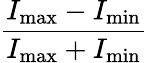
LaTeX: \frac{I_{\mathrm{max}}-I_{\mathrm{min}}}{I_{\mathrm{max}}+I_{\mathrm{min}}}